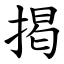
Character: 掲